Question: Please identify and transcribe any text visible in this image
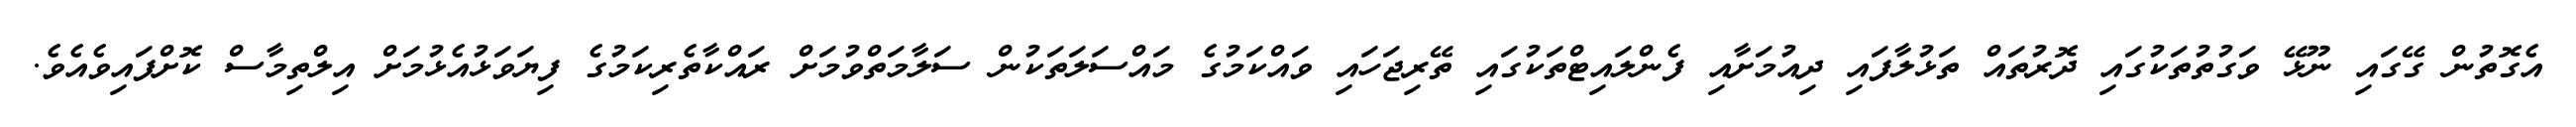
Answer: އެގޮތުން ގޭގައި ނޫޅޭ ވަގުތުތަކުގައި ދޮރުތައް ތަޅުލާފައި ދިއުމަށާއި ފެންލައިޓްތަކުގައި ތޭރިޖަހައި ވައްކަމުގެ މައްސަލަތަކުން ސަލާމަތްވުމަށް ރައްކާތެރިކަމުގެ ފިޔަވަޅުއެޅުމަށް އިލްތިމާސް ކޮށްފައިވެއެވެ.